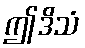
ဤဒိသံ